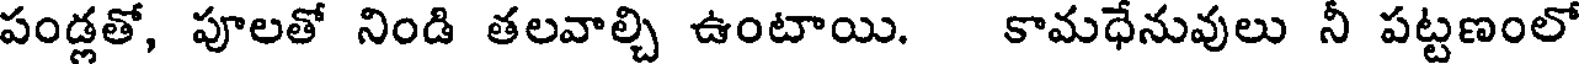
పండ్లతో, పూలతో నిండి తలవాల్చి ఉంటాయి. కామధేనువులు నీ పట్టణంలో